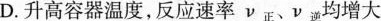
D.升高容器温度，反应速率ν_{正}、ν_{逆}均增大